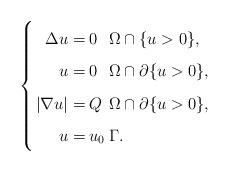
LaTeX: \begin{align*}\left\{\arraycolsep=1.4pt\def\arraystretch{1.6}\begin{array}{rll}\Delta u = & 0 & \Omega \cap \{u > 0\}, \\u = & 0 & \Omega \cap \partial\{u > 0\}, \\|\nabla u| = & Q & \Omega \cap \partial\{u > 0\}, \\u = & u_0 & \Gamma.\end{array}\right.\end{align*}